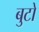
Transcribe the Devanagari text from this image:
बुटो